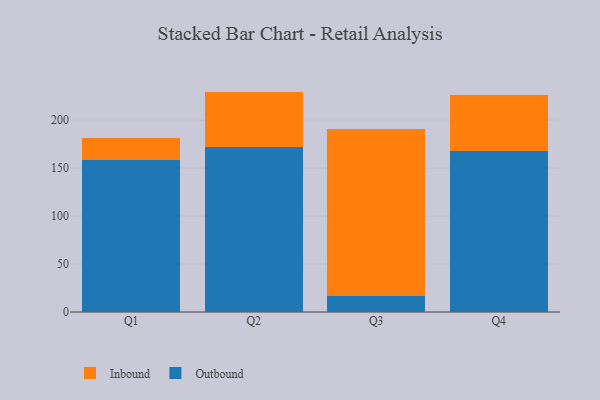
{"axis": {"x": "Quarter", "y": "Shipments"}, "legend": ["Inbound", "Outbound"], "data": [{"x": "Q1", "y": 158.3, "type": "Outbound"}, {"x": "Q1", "y": 22.9, "type": "Inbound"}, {"x": "Q2", "y": 171.5, "type": "Outbound"}, {"x": "Q2", "y": 58.2, "type": "Inbound"}, {"x": "Q3", "y": 16.3, "type": "Outbound"}, {"x": "Q3", "y": 174.6, "type": "Inbound"}, {"x": "Q4", "y": 167.5, "type": "Outbound"}, {"x": "Q4", "y": 59.0, "type": "Inbound"}]}